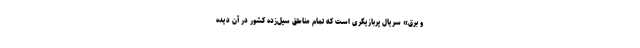
و برق» سریال پُربازیگری است که تمام مناطق سیل‌زده کشور در آن دیده